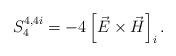
\begin{align*}S^{4,4i}_{4}=-4\left [\vec E\times\vec H\right ]_i.\end{align*}